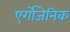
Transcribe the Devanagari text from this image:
एर्गोजेनिक